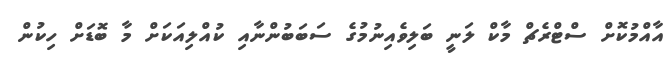
އާއްމުކޮށް ސްޓްރެޗް މާކް ލަނީ ބަލިވެއިނުމުގެ ސަބަބުންނާއި ކުއްލިއަކަށް މާ ބޮޑަށް ހިކުން